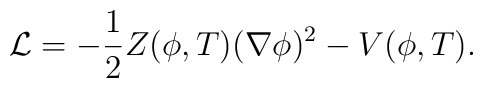
{\cal L}=-\frac{1}{2}Z(\phi ,T)(\nabla \phi )^{2}-V(\phi ,T).